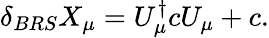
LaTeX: \delta_{BRS}X_{\mu}=U_{\mu}^{\dagger}cU_{\mu}+c.